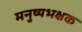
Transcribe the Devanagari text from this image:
मनुष्यभक्षक